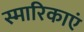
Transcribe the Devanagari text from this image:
स्मारिकाएं